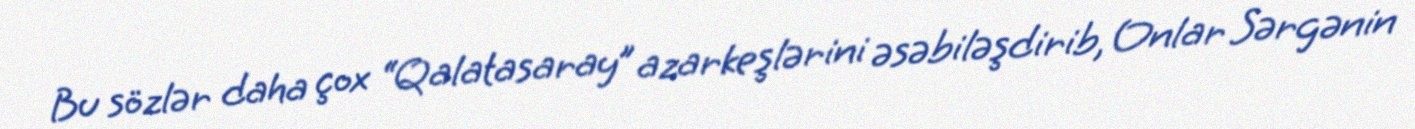
Bu sözlər daha çox “Qalatasaray” azarkeşlərini əsəbiləşdirib, Onlar Sərgənin